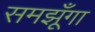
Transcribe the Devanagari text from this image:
समझूँगा